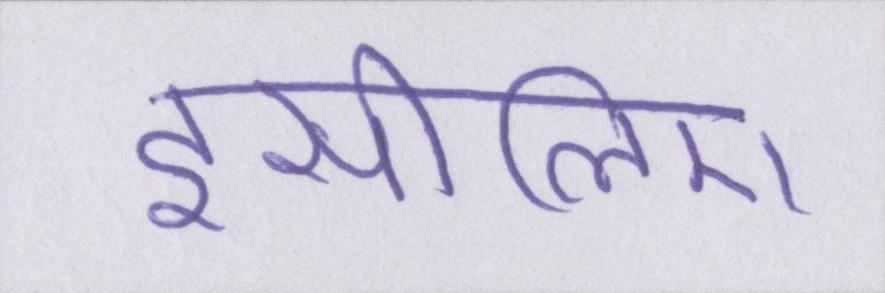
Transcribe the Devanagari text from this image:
इसीलिए